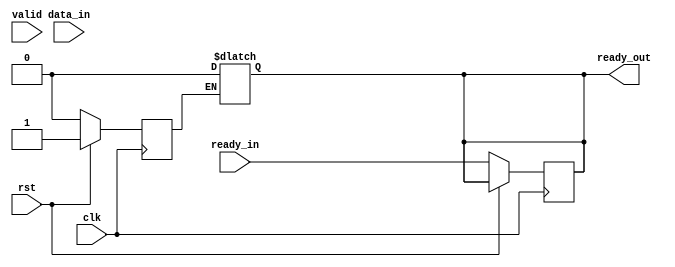
module Handshake_slave(
 input clk,
 input rst, 
 input valid, 
 input ready_in,
 input  wire [7:0] data_in,
 output reg ready_out
);
  reg reset =  0;
  reg  [7:0] data;

always @(posedge clk) begin
    if (rst)
        reset <= 1;
    else
    begin
        reset <= 0;
        ready_out <= ready_in;
    end
end

always @(*)begin
    if (reset)begin
        data = 0;
        ready_out = 0;
    end
    if (ready_out && valid)
        data = data_in;
    else
        data = data;
end   
endmodule